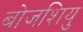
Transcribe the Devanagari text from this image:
बोजशियु